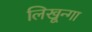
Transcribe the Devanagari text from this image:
लिखून्गा